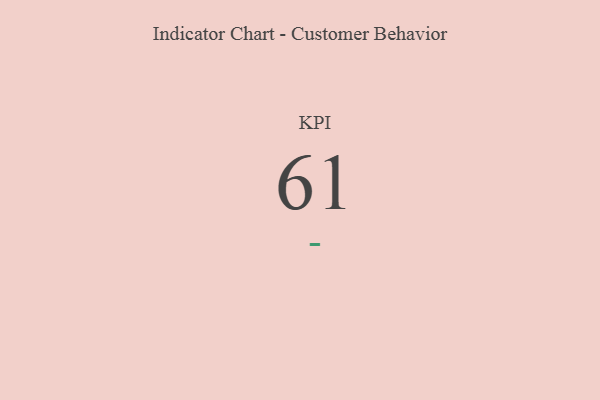
{"axis": {"x": "KPI", "y": "Value"}, "legend": [""], "data": [{"x": "KPI", "y": 61, "type": ""}]}